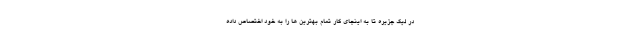
در لیگ جزیره تا به اینجای کار تمام بهترین ها را به خود اختصاص داده